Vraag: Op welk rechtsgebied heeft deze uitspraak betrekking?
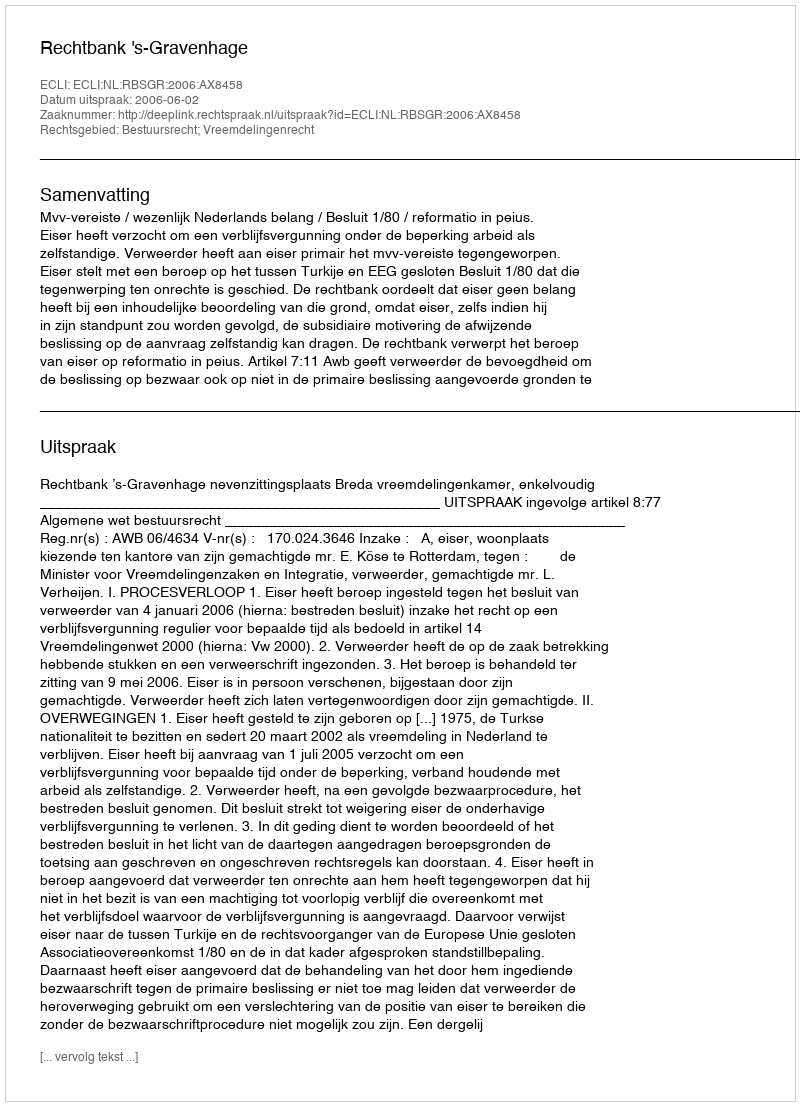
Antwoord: Bestuursrecht; Vreemdelingenrecht